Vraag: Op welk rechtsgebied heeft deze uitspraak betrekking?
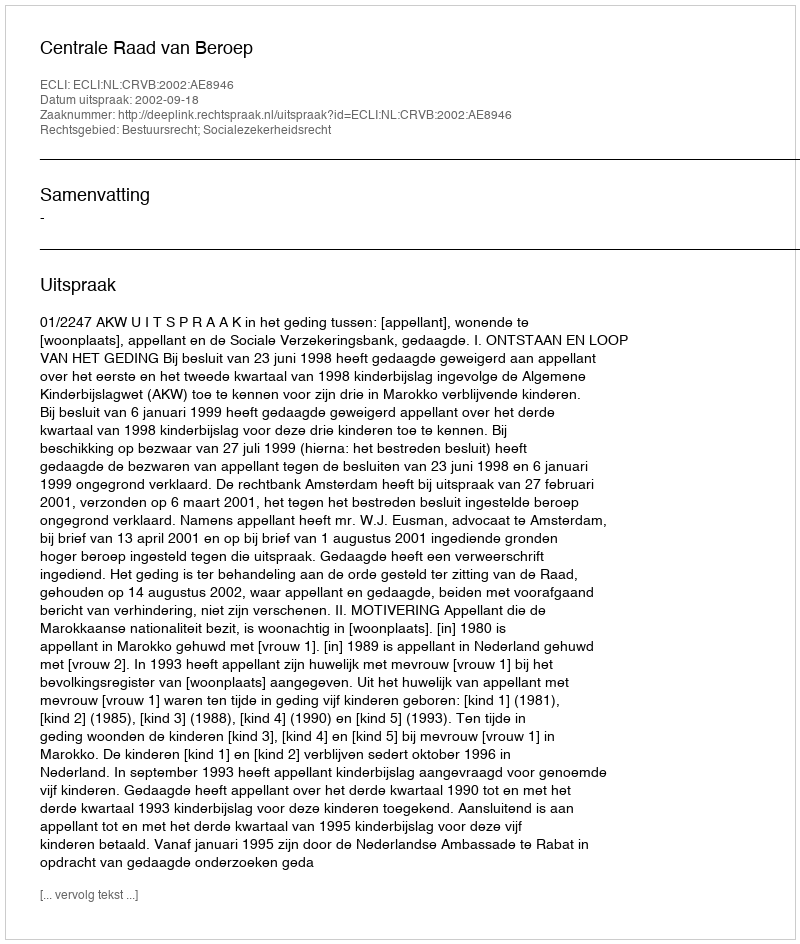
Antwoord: Bestuursrecht; Socialezekerheidsrecht